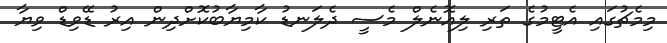
މިމެޗުގައި އެޓީމުގެ ތަރި ލިއޮނެލް މެސީ ދެލަނޑު ކާމިޔާބުކޮށްދިން އިރު ޑޭވިޑް ވިޔާ